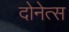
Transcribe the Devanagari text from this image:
दोनेत्स